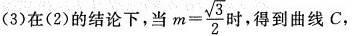
(3)在(2)的结论下，当 $$m = \frac { \sqrt { 3 } } { 2 }$$ 时，得到曲线C，